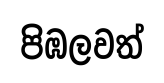
පිඹලවත්